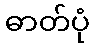
ဓာတ်ပုံ